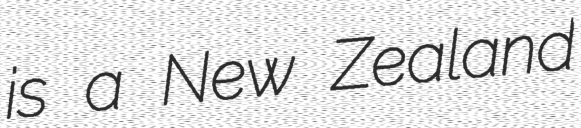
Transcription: is a New Zealand